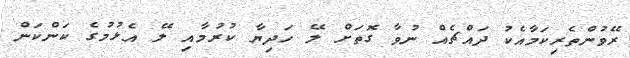
ރޭވުންތެރިކަމާއެކު ދައްޗެއް ނުވާ ގޮތަށް ލޭ ހަދިޔާ ކުރުމާއި ލޭ އެޅުމުގެ ކަންކަން